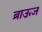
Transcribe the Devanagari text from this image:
ब्राऊज